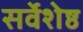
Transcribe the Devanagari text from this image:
सर्वेशेष्ठ